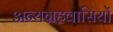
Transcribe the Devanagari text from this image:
अन्यग्रहवासियों